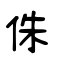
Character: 佅